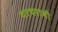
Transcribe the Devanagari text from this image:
थरथरावी